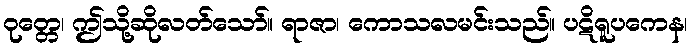
ဝုတ္တေ၊ ဤသို့ဆိုလတ်သော်။ ရာဇာ၊ ကောသလမင်းသည်။ ပဋိရူပကေန၊